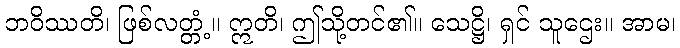
ဘဝိဿတိ၊ ဖြစ်လတ္တံ့။ ဣတိ၊ ဤသို့တင်၏။ သေဋ္ဌိ၊ ရှင် သူဌေး။ အာမ၊